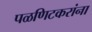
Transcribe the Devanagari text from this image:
पळणिटकरांना